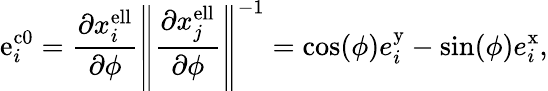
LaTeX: \mathrm{e}_{i}^{\mathrm{c0}}=\frac{\partial x_{i}^{\mathrm{ell}}}{\partial\phi}\left\| \frac{\partial x_{j}^{\mathrm{ell}}}{\partial\phi}\right\| ^{-1}=\mathrm{cos}(\phi)e_{i}^{\mathrm{y}}-\mathrm{sin}(\phi)e_{i}^{\mathrm{x}},